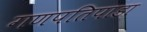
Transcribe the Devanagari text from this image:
गणपतिपाडा